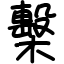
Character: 檕